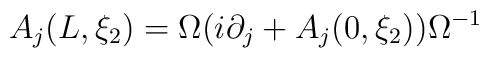
A_j (L, \xi_2) = \Omega (i \partial_j+ A_j (0, \xi_2)) \Omega^{-1}